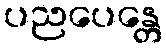
ပညပေန္တေ